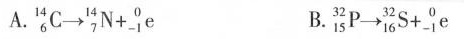
A. $$_ { 6 } ^ { 1 4 } C \rightarrow _ { 7 } ^ { 1 4 } N + _ { - 1 } ^ { 0 } e$$ B. $$_ { 1 5 } ^ { 3 2 } P \rightarrow _ { 1 6 } ^ { 3 2 } S + _ { - 1 } ^ { 0 } e$$